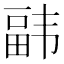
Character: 𮸰